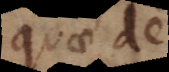
quae de